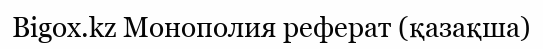
Bigox.kz Монополия реферат (қазақша)